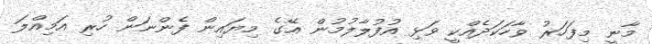
މާނީ މިފަހަރު ވާހަކަދެއްކީ ވަޅި އުފުލާލުމުން އޭގެ މިޔައިން ފެންނަން ހުރި އަމިއްލަ